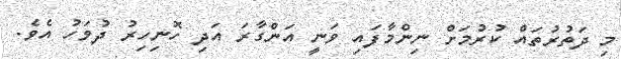
މި ދަތުރުތައް ކުރުމަށް ނިންމާފައި ވަނީ އަންގާރަ އަދި ހޮނިހިރު ދުވަހު އެވެ.